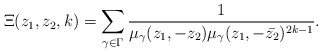
\begin{align*}\Xi(z_1,z_2, k)=\sum_{\gamma \in \Gamma}\dfrac{1}{\mu_{\gamma}(z_1, -z_2)\mu_{\gamma}(z_1, -\bar{z_2})^{2k-1}}. \end{align*}